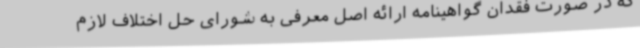
که در صورت فقدان گواهینامه ارائه اصل معرفی به شورای حل اختلاف لازم